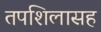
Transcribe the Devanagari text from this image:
तपशिलासह